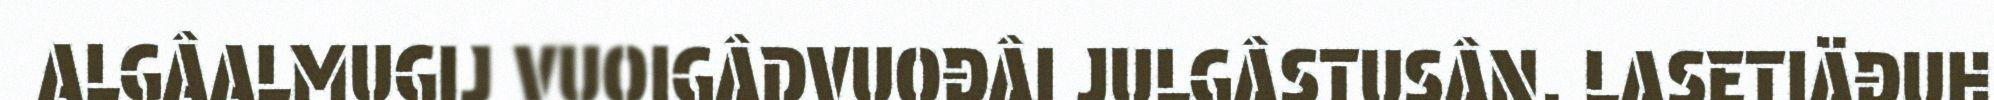
ALGÂALMUGIJ VUOIGÂDVUOĐÂI JULGÂSTUSÂN. LASETIÄĐUH